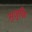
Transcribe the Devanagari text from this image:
सुजुकि